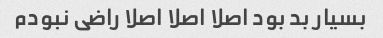
بسیار بد بود اصلا اصلا اصلا راضی نبودم